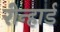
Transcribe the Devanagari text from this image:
रीन्हार्ड